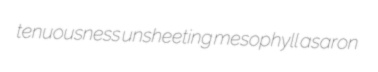
tenuousness unsheeting mesophyll asaron